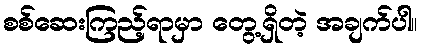
စစ်ဆေးကြည့်ရာမှာ တွေ့ရှိတဲ့ အချက်ပါ။